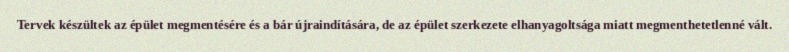
Tervek készültek az épület megmentésére és a bár újraindítására, de az épület szerkezete elhanyagoltsága miatt megmenthetetlenné vált.